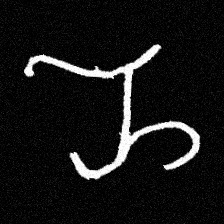
Pyu character \u2014 Myanmar letter: ည (romanized: nya)